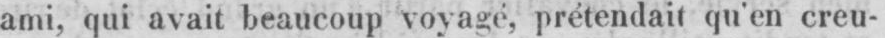
ami, qui avait beaucoup voyagé, prétendait qu’en creu-